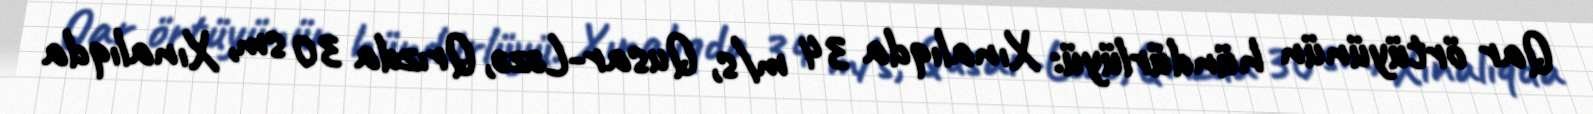
Qar örtüyünün hündürlüyü: Xınalıqda 34 m/s, Qusar-Ləzə, Qrızda 30 sm, Xınalıqda